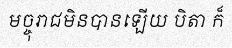
មច្ចុរាជមិនបានឡើយ បិតា ក៏